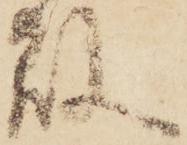
敗